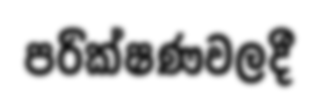
පරික්ෂණවලදී